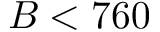
B < 7 6 0